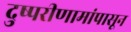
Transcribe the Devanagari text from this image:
दुष्परीणामांपासून